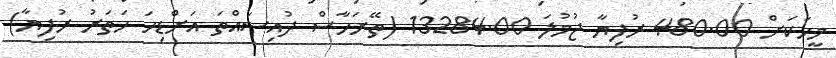
މީހަކަށް 480.00 ރުފިޔާ ޖުމުލަ 13284.00 (ތޭރަހާސް ދުއިސައްތަ އަށްޑިހަ ހަތަރު ރުފިޔާ)